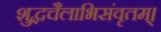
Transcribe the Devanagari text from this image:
शुद्धचैलाभिसंवृतम्।